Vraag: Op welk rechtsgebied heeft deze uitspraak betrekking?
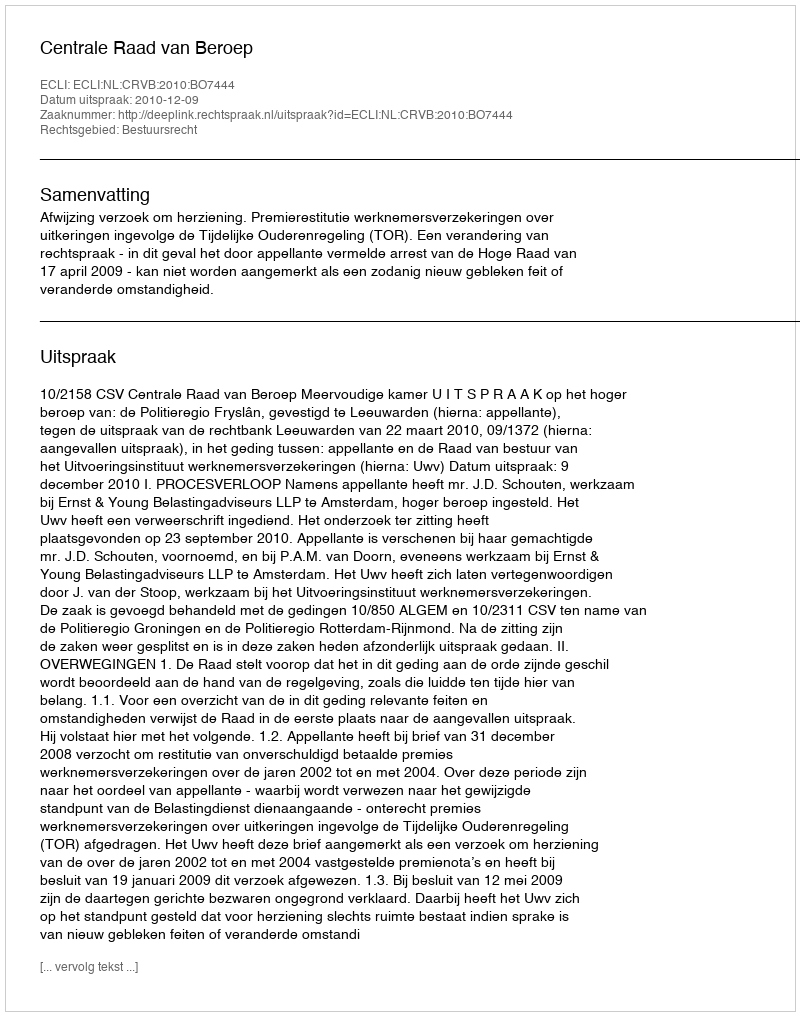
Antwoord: Bestuursrecht